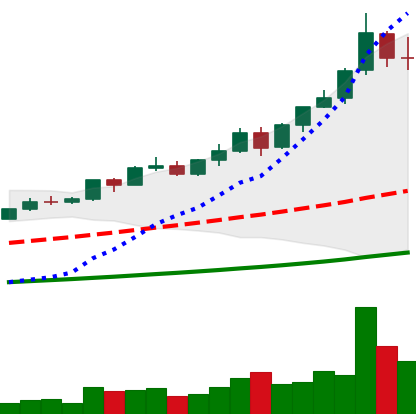
Ticker: BNB-USD
Chart end date: 2021-04-14
Forward return: -8.097%
Label: down_7plus